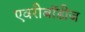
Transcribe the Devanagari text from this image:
एवरीबॉडीज